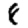
Digit: 8